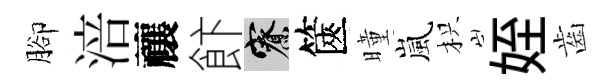
腳涪禳飰寮篋曈嵐枳姪齒